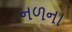
નળના